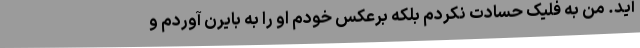
آید. من به فلیک حسادت نکردم بلکه برعکس خودم او را به بایرن آوردم و